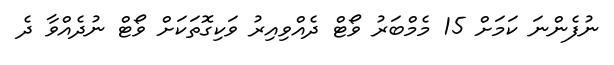
ނުފެންނަ ކަމަށް 15 މެމްބަރު ވޯޓް ދެއްވިއިރު ވަކިގޮތަކަށް ވޯޓް ނުދެއްވާ ދެ